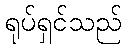
ရုပ်ရှင်သည်